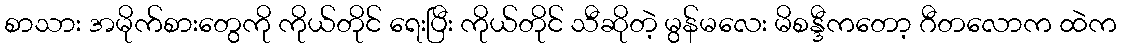
စာသား အမိုက်စားတွေကို ကိုယ်တိုင် ရေးပြီး ကိုယ်တိုင် သီဆိုတဲ့ မွန်မလေး မိစန္ဒီကတော့ ဂီတလောက ထဲက